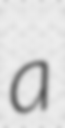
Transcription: a